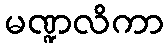
မဏ္ဍလိကာ